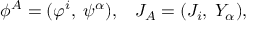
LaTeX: \phi ^ { A } = ( \varphi ^ { i } , \; \psi ^ { \alpha } ) , \; \; \; J _ { A } = ( { \cal J } _ { i } , \; { \cal Y } _ { \alpha } ) , \,